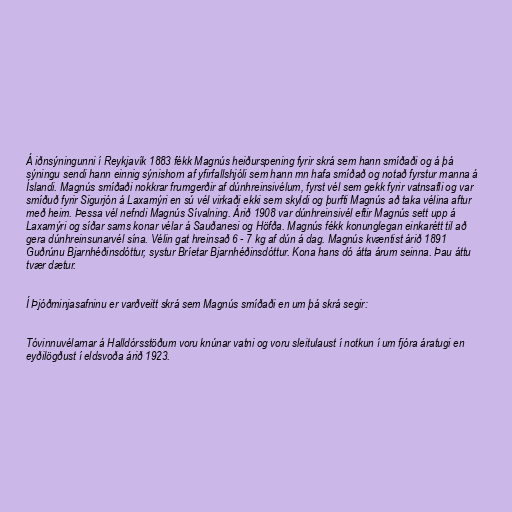
Á iðnsýningunni í Reykjavík 1883 fékk Magnús heiðurspening fyrir skrá sem hann smíðaði og á þá
sýningu sendi hann einnig sýnishorn af yfirfallshjóli sem hann mn hafa smíðað og notað fyrstur manna á
Íslandi. Magnús smíðaði nokkrar frumgerðir af dúnhreinsivélum, fyrst vél sem gekk fyrir vatnsafli og var
smíðuð fyrir Sigurjón á Laxamýri en sú vél virkaði ekki sem skyldi og þurfti Magnús að taka vélina aftur
með heim. Þessa vél nefndi Magnús Sívalning. Árið 1908 var dúnhreinsivél eftir Magnús sett upp á
Laxamýri og síðar sams konar vélar á Sauðanesi og Höfða. Magnús fékk konunglegan einkarétt til að
gera dúnhreinsunarvél sína. Vélin gat hreinsað 6 - 7 kg af dún á dag. Magnús kvæntist árið 1891
Guðrúnu Bjarnhéðinsdóttur, systur Bríetar Bjarnhéðinsdóttur. Kona hans dó átta árum seinna. Þau áttu
tvær dætur.

Í Þjóðminjasafninu er varðveitt skrá sem Magnús smíðaði en um þá skrá segir:

Tóvinnuvélarnar á Halldórsstöðum voru knúnar vatni og voru sleitulaust í notkun í um fjóra áratugi en
eyðilögðust í eldsvoða árið 1923.